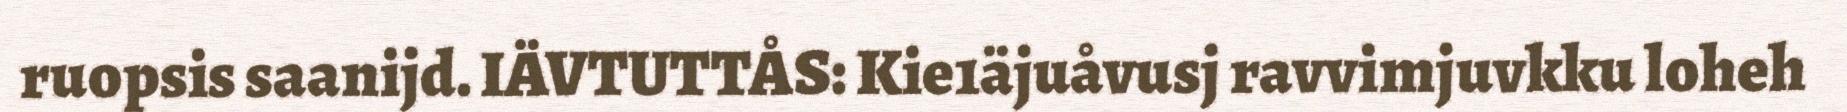
ruopsis saanijd. IÄVTUTTÅS: Kie1äjuåvusj ravvimjuvkku loheh